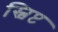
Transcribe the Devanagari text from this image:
स्विप्ट